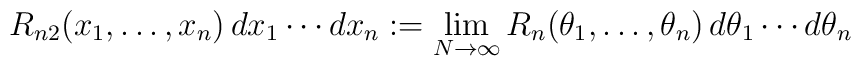
R_{n2}(x_1,\ldots,x_n)\, dx_1\cdots dx_n :=\lim_{N\rightarrow\infty}R_n(\theta_1,\ldots,\theta_n) \, d\theta_1\cdots d\theta_n